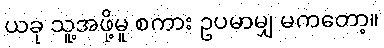
ယခု သူ့အဖို့မူ စကား ဥပမာမျှ မကတော့။